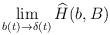
LaTeX: \begin{align*}\lim _{b(t)\to\delta (t)} {\widehat H}(b,B)\end{align*}